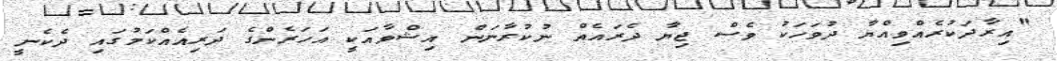
"އިރާދަކުރެއްވިއްޔާ ދުވަހަކު ވެސް ޖިޔާ ދެރައެއް ނުކުރާނަން އިޝްވާއަކީ އަހަރެންގެ ދަރިއެއްކަމުގައި ދެކެނީ